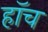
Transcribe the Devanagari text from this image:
हाॅच